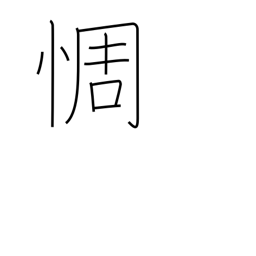
Meaning: be disappointed